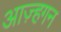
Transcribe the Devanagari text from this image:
आज़्हगन